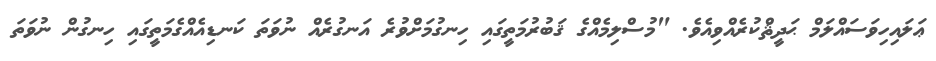
ޢަލައިހިވަސައްލަމް ޙަދީޘްކުރެއްވިއެވެ. "މުސްލިމެއްގެ ޤަބުރުމަތީގައި ހިނގުމަށްވުރެ އަނގުރެއް ނުވަތަ ކަނޑިއެއްގެމަތީގައި ހިނގުން ނުވަތަ